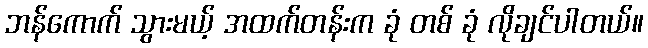
ဘန်ကောက် သွားမယ့် အထက်တန်းက ခုံ တစ် ခုံ လိုချင်ပါတယ်။